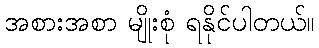
အစားအစာ မျိုးစုံ ရနိုင်ပါတယ်။